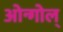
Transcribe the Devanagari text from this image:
ओन्गोल्